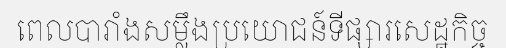
ពេលបារាំងសម្លឹងប្រយោជន៍ទីផ្សារសេដ្ឋកិច្ច